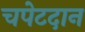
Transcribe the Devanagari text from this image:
चपेटदान